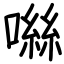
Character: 噝